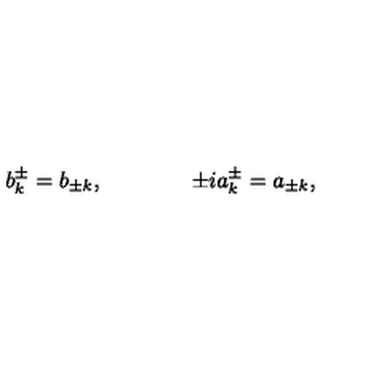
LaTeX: b _ { k } ^ { \pm } = b _ { \pm k } , \qquad \qquad \pm i a _ { k } ^ { \pm } = a _ { \pm k } ,